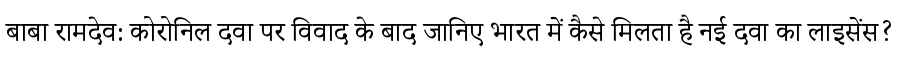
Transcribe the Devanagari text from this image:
बाबा रामदेव: कोरोनिल दवा पर विवाद के बाद जानिए भारत में कैसे मिलता है नई दवा का लाइसेंस?